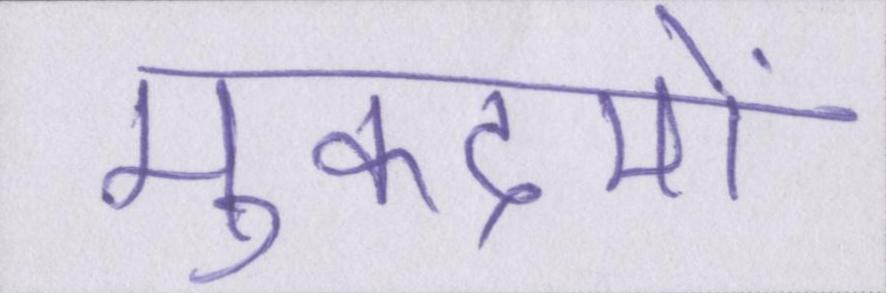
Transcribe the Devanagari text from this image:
मुकदमों